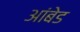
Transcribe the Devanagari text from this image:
आंबेड